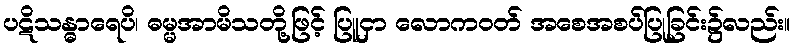
ပဋိသန္ဓာရေပိ၊ ဓမ္မအာမိသတို့ဖြင့် ပြူငှာ လောကဝတ် အစေအစပ်ပြုခြင်း၌လည်း။